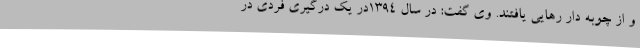
و از چوبه دار رهایی یافتند. وی گفت: در سال ۱۳۹۴در یک درگیری فردی در